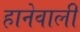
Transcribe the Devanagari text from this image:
हानेवाली